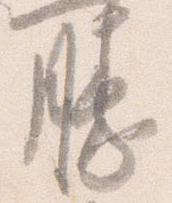
勝